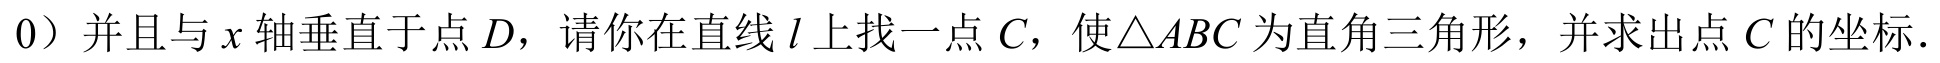
0）并且与 \(x\) 轴垂直于点 \(D\)，请你在直线 \(l\) 上找一点 \(C\)，使\(\triangle ABC\) 为直角三角形，并求出点 \(C\) 的坐标．